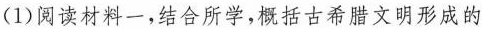
(1)阅读材料一，结合所学，概括古希腊文明形成的